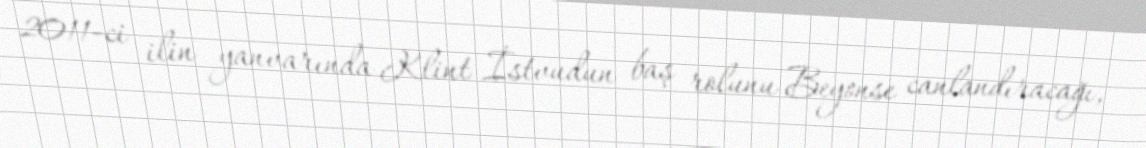
2011-ci ilin yanvarında Klint İstvudun baş rolunu Beyonse canlandıracağı,